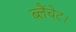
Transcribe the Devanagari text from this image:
ब्लैंचेट।